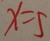
x = 5